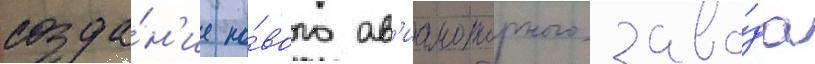
созда́н'ие но́вого ав'иамоторного заво́да